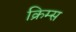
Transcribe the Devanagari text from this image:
क्रिम्स